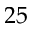
2 5